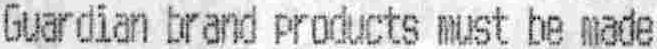
GUARDIAN BRAND PRODUCTS MUST BE MADE